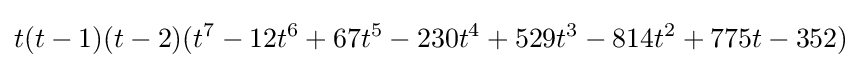
t(t-1)(t-2)(t^{7}-12t^{6}+67t^{5}-230t^{4}+529t^{3}-814t^{2}+775t-352)